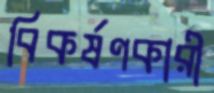
বিকর্ষণকারী